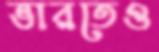
ভারতেও